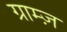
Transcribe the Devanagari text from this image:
ग्राम्ज़